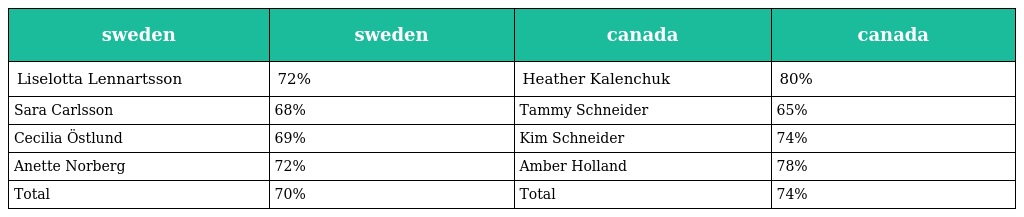
| sweden | sweden | canada | canada |
 | --- | --- | --- | --- |
 | Liselotta Lennartsson | 72% | Heather Kalenchuk | 80% |
 | Sara Carlsson | 68% | Tammy Schneider | 65% |
 | Cecilia Östlund | 69% | Kim Schneider | 74% |
 | Anette Norberg | 72% | Amber Holland | 78% |
 | Total | 70% | Total | 74% |